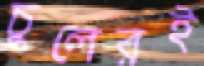
চুলেরই